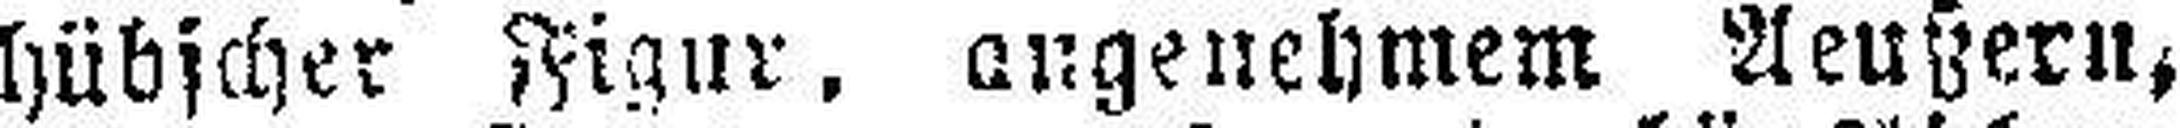
hübscher Figur, angenehmem Aeußern,